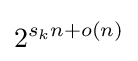
2^{s_{k}n+o(n)}